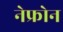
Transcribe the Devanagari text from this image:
नेफ्रोन